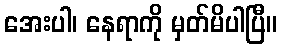
အေးပါ၊ နေရာကို မှတ်မိပါပြီ။